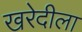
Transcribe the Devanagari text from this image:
खरेदीला